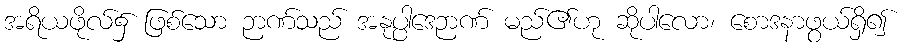
အရိယဖိုလ်၌ ဖြစ်သော ဉာဏ်သည် အနုပ္ပါဒေဉာဏ် မည်၏ဟု ဆိုပါလော၊ စောဒနာဖွယ်ရှိ၍